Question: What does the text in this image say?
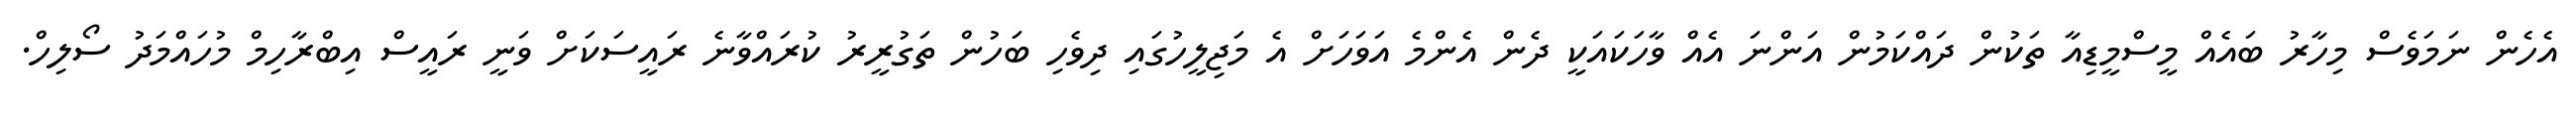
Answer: އެހެން ނަމަވެސް މިހާރު ބައެއް މީސްމީޑިއާ ތަކުން ދައްކަމުން އަންނަ އެއް ވާހަކައަކީ ދެން އެންމެ އަވަހަށް އެ މަޖިލީހުގައި ދިވެހި ބަހުން ތަގުރީރު ކުރައްވާނެ ރައީސަކަށް ވަނީ ރައީސް އިބްރާހިމް މުހައްމަދު ސޯލިހް.